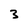
Character: 3